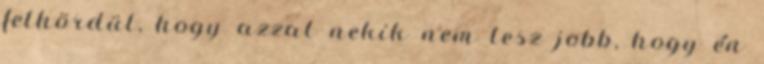
felhördül, hogy azzal nekik nem lesz jobb, hogy én